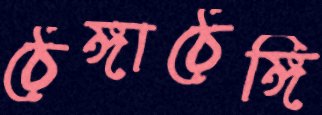
ঠেঙ্গাঠেঙ্গি